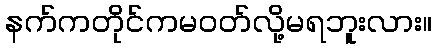
နက်ကတိုင်ကမဝတ်လို့မရဘူးလား။